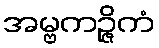
အမ္ဗကဉ္ဇိကံ